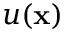
u ( { \bf x } )